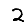
Digit: 2